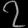
Digit: ၇